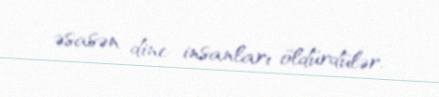
əsasən dinc insanları öldürdülər.